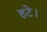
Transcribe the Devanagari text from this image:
हटे।